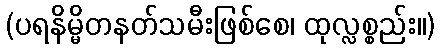
(ပရနိမ္မိတနတ်သမီးဖြစ်စေ၊ ထုလ္လစ္စည်း။)